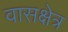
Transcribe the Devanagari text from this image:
वासक्षेत्र